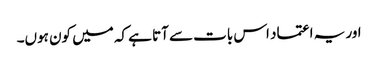
اور یہ اعتماد اس بات سے آتا ہے کہ میں کون ہوں۔